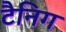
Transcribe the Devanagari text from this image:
टैनिग